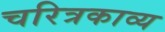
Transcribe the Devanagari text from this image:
चरित्रकाव्य